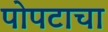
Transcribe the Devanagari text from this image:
पोपटाचा